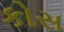
કોસ